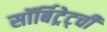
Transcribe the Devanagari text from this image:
सॉर्बिट्रेट्ची